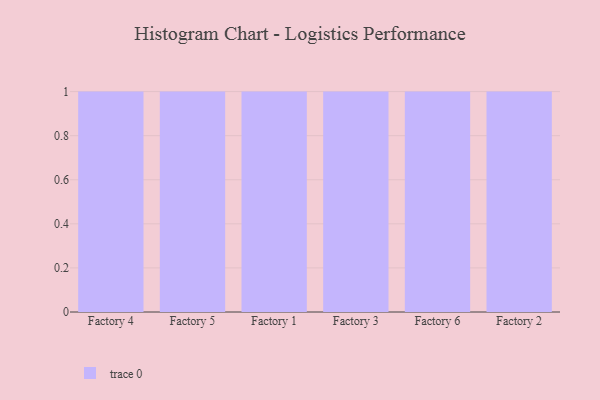
{"axis": {"x": "Factory", "y": "Budget (USD K)"}, "legend": [""], "data": [{"x": "Factory 4", "y": 8, "type": ""}, {"x": "Factory 5", "y": 2, "type": ""}, {"x": "Factory 1", "y": 33, "type": ""}, {"x": "Factory 3", "y": 55, "type": ""}, {"x": "Factory 6", "y": 52, "type": ""}, {"x": "Factory 2", "y": 64, "type": ""}]}